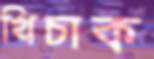
খিচাক